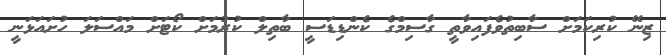
ޒިނޭ ކުރިކަމަށް ސާބިތުވެފައިވާތީ ގާސިމްގެ ކެންޑިޑަސީ ބާތިލް ކުރުމަށް ކޯޓަށް މައްސަލަ ހުށައަޅަނީ